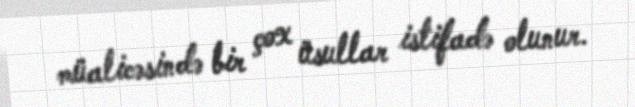
müalicəsində bir çox üsullar istifadə olunur.